Lunatic asylums Madras 1877-1891 - 1877-1891
Year: 1877
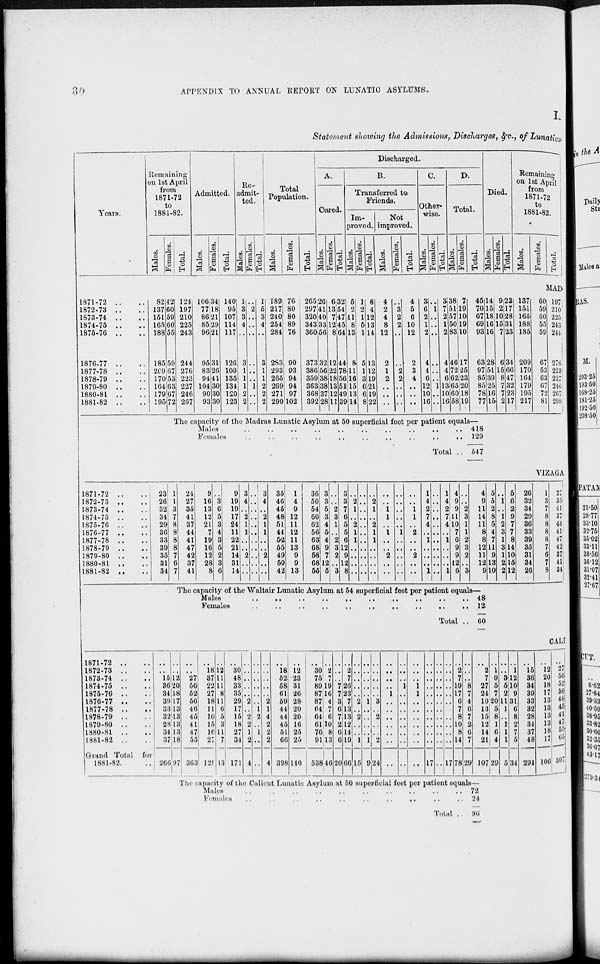
34
APPENDIX TO ANNUAL REPORT ON LUNATIC ASYLUMS.
I.
Statement showing the Admissions, Discharges, &c., of Lunatics
Years.
1871-72 .. ..
1872-73 .. ..
1873-74 .. ..
1874-75 .. ..
1875-76 .. ..
1876-77 .. ..
1877-78 .. ..
1878-79 .. ..
1879-80 .. ..
1880-81 .. ..
1881-82 .. ..
Remaining
on 1st April
from
1871-72
to
1881-82.
Males.
82
137
151
165
188
185
209
170
164
179
195
Females.
42
60
59
60
55
59
67
53
63
67
72
Total.
124
197
210
225
243
244
276
223
227
246
267
Admitted.
Males.
106
77
86
85
96
95
83
94
104
90
93
Females.
34
18
21
29
21
31
26
41
30
30
30
Total.
140
95
107
114
117
126
109
135
134
120
123
Re-
admit-
ted.
Males.
1
3
3
4
..
3
1
1
1
2
2
Females.
..
2
..
..
..
..
..
..
1
..
..
Total.
1
5
3
4
..
3
1
1
2
2
2
Total
Population.
Males.
189
217
240
254
284
283
293
265
269
271
290
Females.
76
80
80
89
76
90
93
94
94
97
102
Total.
265
297
320
343
360
373
386
359
363
368
392
Discharged.
A.
Cured.
Males.
26
41
40
33
56
32
56
38
38
37
28
Females.
6
13
7
12
8
12
22
18
13
12
11
Total.
32
54
47
45
64
44
78
56
51
49
39
B.
Transferred to
Friends.
Im-
proved.
Males.
5
2
11
8
13
8
11
16
15
13
14
Females.
1
2
1
5
1
5
1
3
6
6
8
Total.
6
4
12
13
14
13
12
19
21
19
22
Not
improved.
Males.
4
2
4
8
12
2
1
2
..
..
..
Females.
..
3
2
2
..
..
2
2
..
..
..
Total.
4
5
6
10
12
2
3
4
..
..
..
C.
Other-
wise.
Males.
3
6
2
1
2
4
4
6
12
10
16
Females.
..
1
..
..
..
..
..
..
1
..
..
Total.
3
7
2
1
2
4
4
6
13
10
16
D.
Total.
Males.
38
51
57
50
83
46
72
62
65
60
58
Females.
7
19
10
19
10
17
25
23
20
18
19
Total.
45
70
67
69
93
63
97
85
85
78
77
Died.
Males.
14
15
18
16
16
28
51
39
25
16
15
Females.
9
2
10
15
7
6
15
8
7
7
2
Total.
23
17
28
31
23
34
66
47
32
23
17
Remaining
on 1st April
from
1871-72
to
1881-82.
Males.
137
151
165
188
185
209
170
164
179
195
217
Females.
60
59
60
55
59
67
53
63
67
72
81
Total.
MAD
197
210
225
243
244
276
223
227
246
267
298
The capacity of the Madras Lunatic Asylum at 50 superficial feet per patient equals—
Males
..
..
..
..
.. .. .. .. .. ..
Females
..
..
..
..
..
..
..
..
..
..
Total ..
418
129
547
VIZAGA
1871-72 .. ..
1872-73 .. ..
1873-74 .. ..
1874-75 .. ..
1875-76 .. ..
1876-77 .. ..
1877-78 .. ..
1878-79 .. ..
1879-80 .. ..
1880-81 .. ..
1881-82 .. ..
23
26
32
34
29
36
33
39
35
31
34
1
1
3
7
8
8
8
8
7
6
7
24
27
35
41
37
44
41
47
42
37
41
9
16
13
12
21
7
19
16
12
28
8
..
3
6
5
3
4
3
5
2
3
6
9
19
19
17
24
11
22
21
14
31
14
3
4
..
2
1
1
..
..
2
..
..
..
..
..
..
..
..
..
..
..
..
..
3
4
..
2
1
1
..
..
2
..
..
35
46
45
48
51
44
52
55
49
59
42
1
4
9
12
11
12
11
13
9
9
13
36
50
54
60
62
56
63
68
58
68
55
3
3
5
3
4
5
4
9
7
12
5
..
..
2
3
1
..
2
3
2
..
3
3
3
7
6
5
5
6
12
9
12
8
..
2
1
..
2
1
1
..
..
..
..
..
..
..
..
..
..
..
..
..
..
..
..
2
1
..
2
1
1
..
..
..
..
..
..
1
1
..
1
..
..
2
..
..
..
..
..
..
..
1
..
..
..
..
..
..
..
1
1
..
2
..
..
2
..
..
1
4
2
7
4
..
1
..
..
..
1
..
..
..
..
..
..
..
..
..
..
..
1
4
2
7
4
..
1
..
..
..
1
4
9
9
11
10
7
6
9
9
12
6
..
..
2
3
1
1
2
3
2
..
3
4
9
11
14
11
8
8
12
11
12
9
5
5
2
8
5
4
7
11
9
13
10
..
1
..
1
2
3
1
3
1
2
2
5
6
2
9
7
7
8
14
10
15
12
26
32
34
29
36
33
39
35
31
34
26
1
3
7
8
8
8
8
7
6
7
8
27
35
41
37
44
41
47
42
37
41
34
The capacity of the Waltair Lunatic Asylum at 54 superficial feet per patient equals—
Males
..
..
..
..
..
..
..
..
..
..
Females
..
..
..
..
..
..
..
..
..
..
Total ..
48
12
60
CALI
1871-72 .. ..
1872-73 .. ..
1873-74 .. ..
1874-75 .. ..
1875-76 .. ..
1876-77 .. ..
1877-78 .. ..
1878-79 .. ..
1879-80 .. ..
1880-81 .. ..
1881-82 .. ..
Grand Total for
1881-82.
..
..
15
36
34
39
33
32
28
34
37
266
..
..
12
20
18
17
13
13
13
13
18
97
..
..
27
56
52
56
46
45
41
47
55
363
..
18
37
22
27
18
11
10
15
16
27
128
..
12
11
11
8
11
6
5
3
11
7
13
..
30
48
33
35
29
17
15
18
27
34
171
..
..
..
..
..
2
..
2
2
1
2
4
..
..
..
..
..
..
1
2
..
1
..
..
..
..
..
..
..
2
1
4
2
2
2
4
..
18
52
58
61
59
44
44
45
51
66
398
..
12
23
31
26
28
20
20
16
25
25
140
..
30
75
89
87
87
64
64
61
76
91
538
..
2
7
19
16
4
7
6
10
8
13
46
..
..
..
7
7
3
6
7
2
6
6
20
..
2
7
26
23
7
13
13
12
14
19
66
..
..
..
..
..
2
..
2
..
..
1
15
..
..
..
..
..
1
..
..
..
..
1
9
..
..
..
..
..
3
..
2
..
..
2
24
..
..
..
..
1
..
..
..
..
..
..
..
..
..
..
1
..
..
..
..
..
..
..
..
..
..
..
1
1
..
..
..
..
..
..
..
..
..
..
..
..
..
..
..
..
..
..
17
..
..
..
..
..
..
..
..
..
..
..
..
..
..
..
..
..
..
..
..
..
..
..
17
..
2
7
19
17
6
7
8
10
8
14
78
..
..
..
8
7
4
6
7
2
6
7
29
..
2
7
27
24
10
13
15
12
14
21
107
..
1
9
5
7
20
5
8
1
6
4
29
..
..
3
5
2
11
1
..
1
1
1
5
..
1
12
10
9
31
6
8
2
7
5
34
..
15
36
34
39
33
32
28
34
37
48
291
..
12
20
18
17
13
13
13
13
18
17
106
..
27
56
52
56
46
45
41
47
55
65
397
The capacity of the Calicut Lunatic Asylum at 50 superficial feet per patient equals—
Males
..
..
..
..
..
..
..
..
..
..
Females
..
..
..
..
..
..
..
..
..
..
Total ..
72
24
96